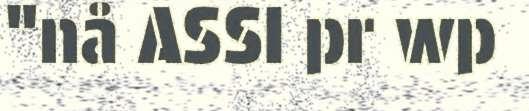
"nå ASSI pr wp